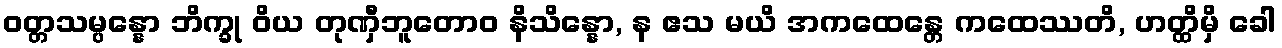
ဝတ္တသမ္ပန္နော ဘိက္ခု ဝိယ တုဏှီဘူတောဝ နိသိန္နော, န ဧသ မယိ အကထေန္တေ ကထေဿတိ, ဟတ္ထိမှိ ခေါ